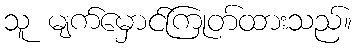
သူ မျက်မှောင်ကြုတ်ထားသည်။